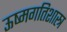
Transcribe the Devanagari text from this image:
ऊष्मगतिशास्त्र